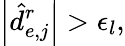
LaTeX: \left\lvert\hat{d}_{e,j}^{r}\right\rvert>\epsilon_{l},